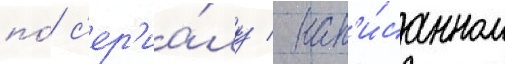
по́ с'ер'иа́лу / нап'и́санном